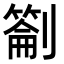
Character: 𭄕